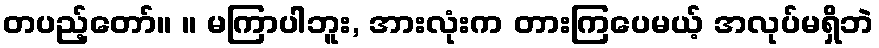
တပည့်တော်။ ။ မကြာပါဘူး, အားလုံးက တားကြပေမယ့် အလုပ်မရှိဘဲ